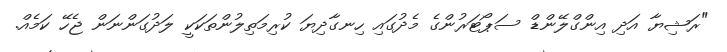
"ރަޝިޔާ އަދި އިންގްލޭންޑް ސަޕޯޓަރުންގެ މެދުގައި ހިނގާދިޔަ ކުރިމަތިލުންތަކަކީ ލަދުގަންނަން ޖެހޭ ކަމެއް.